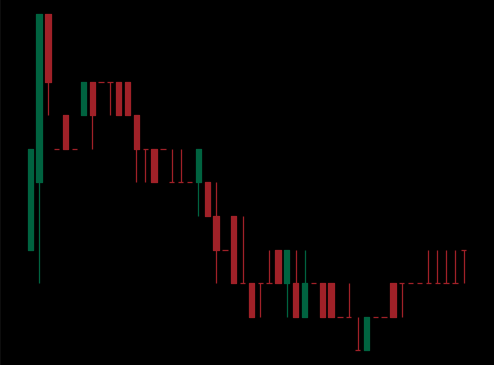
Pattern: bull_flag